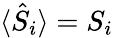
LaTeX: \langle\hat{S}_{i}\rangle=S_{i}